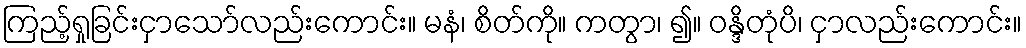
ကြည့်ရှုခြင်းငှာသော်လည်းကောင်း။ မနံ၊ စိတ်ကို။ ကတွာ၊ ၍။ ဝန္ဒိတုံပိ၊ ငှာလည်းကောင်း။